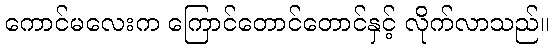
ကောင်မလေးက ကြောင်တောင်တောင်နှင့် လိုက်လာသည်။